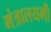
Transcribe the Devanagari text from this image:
मंत्रालयभी